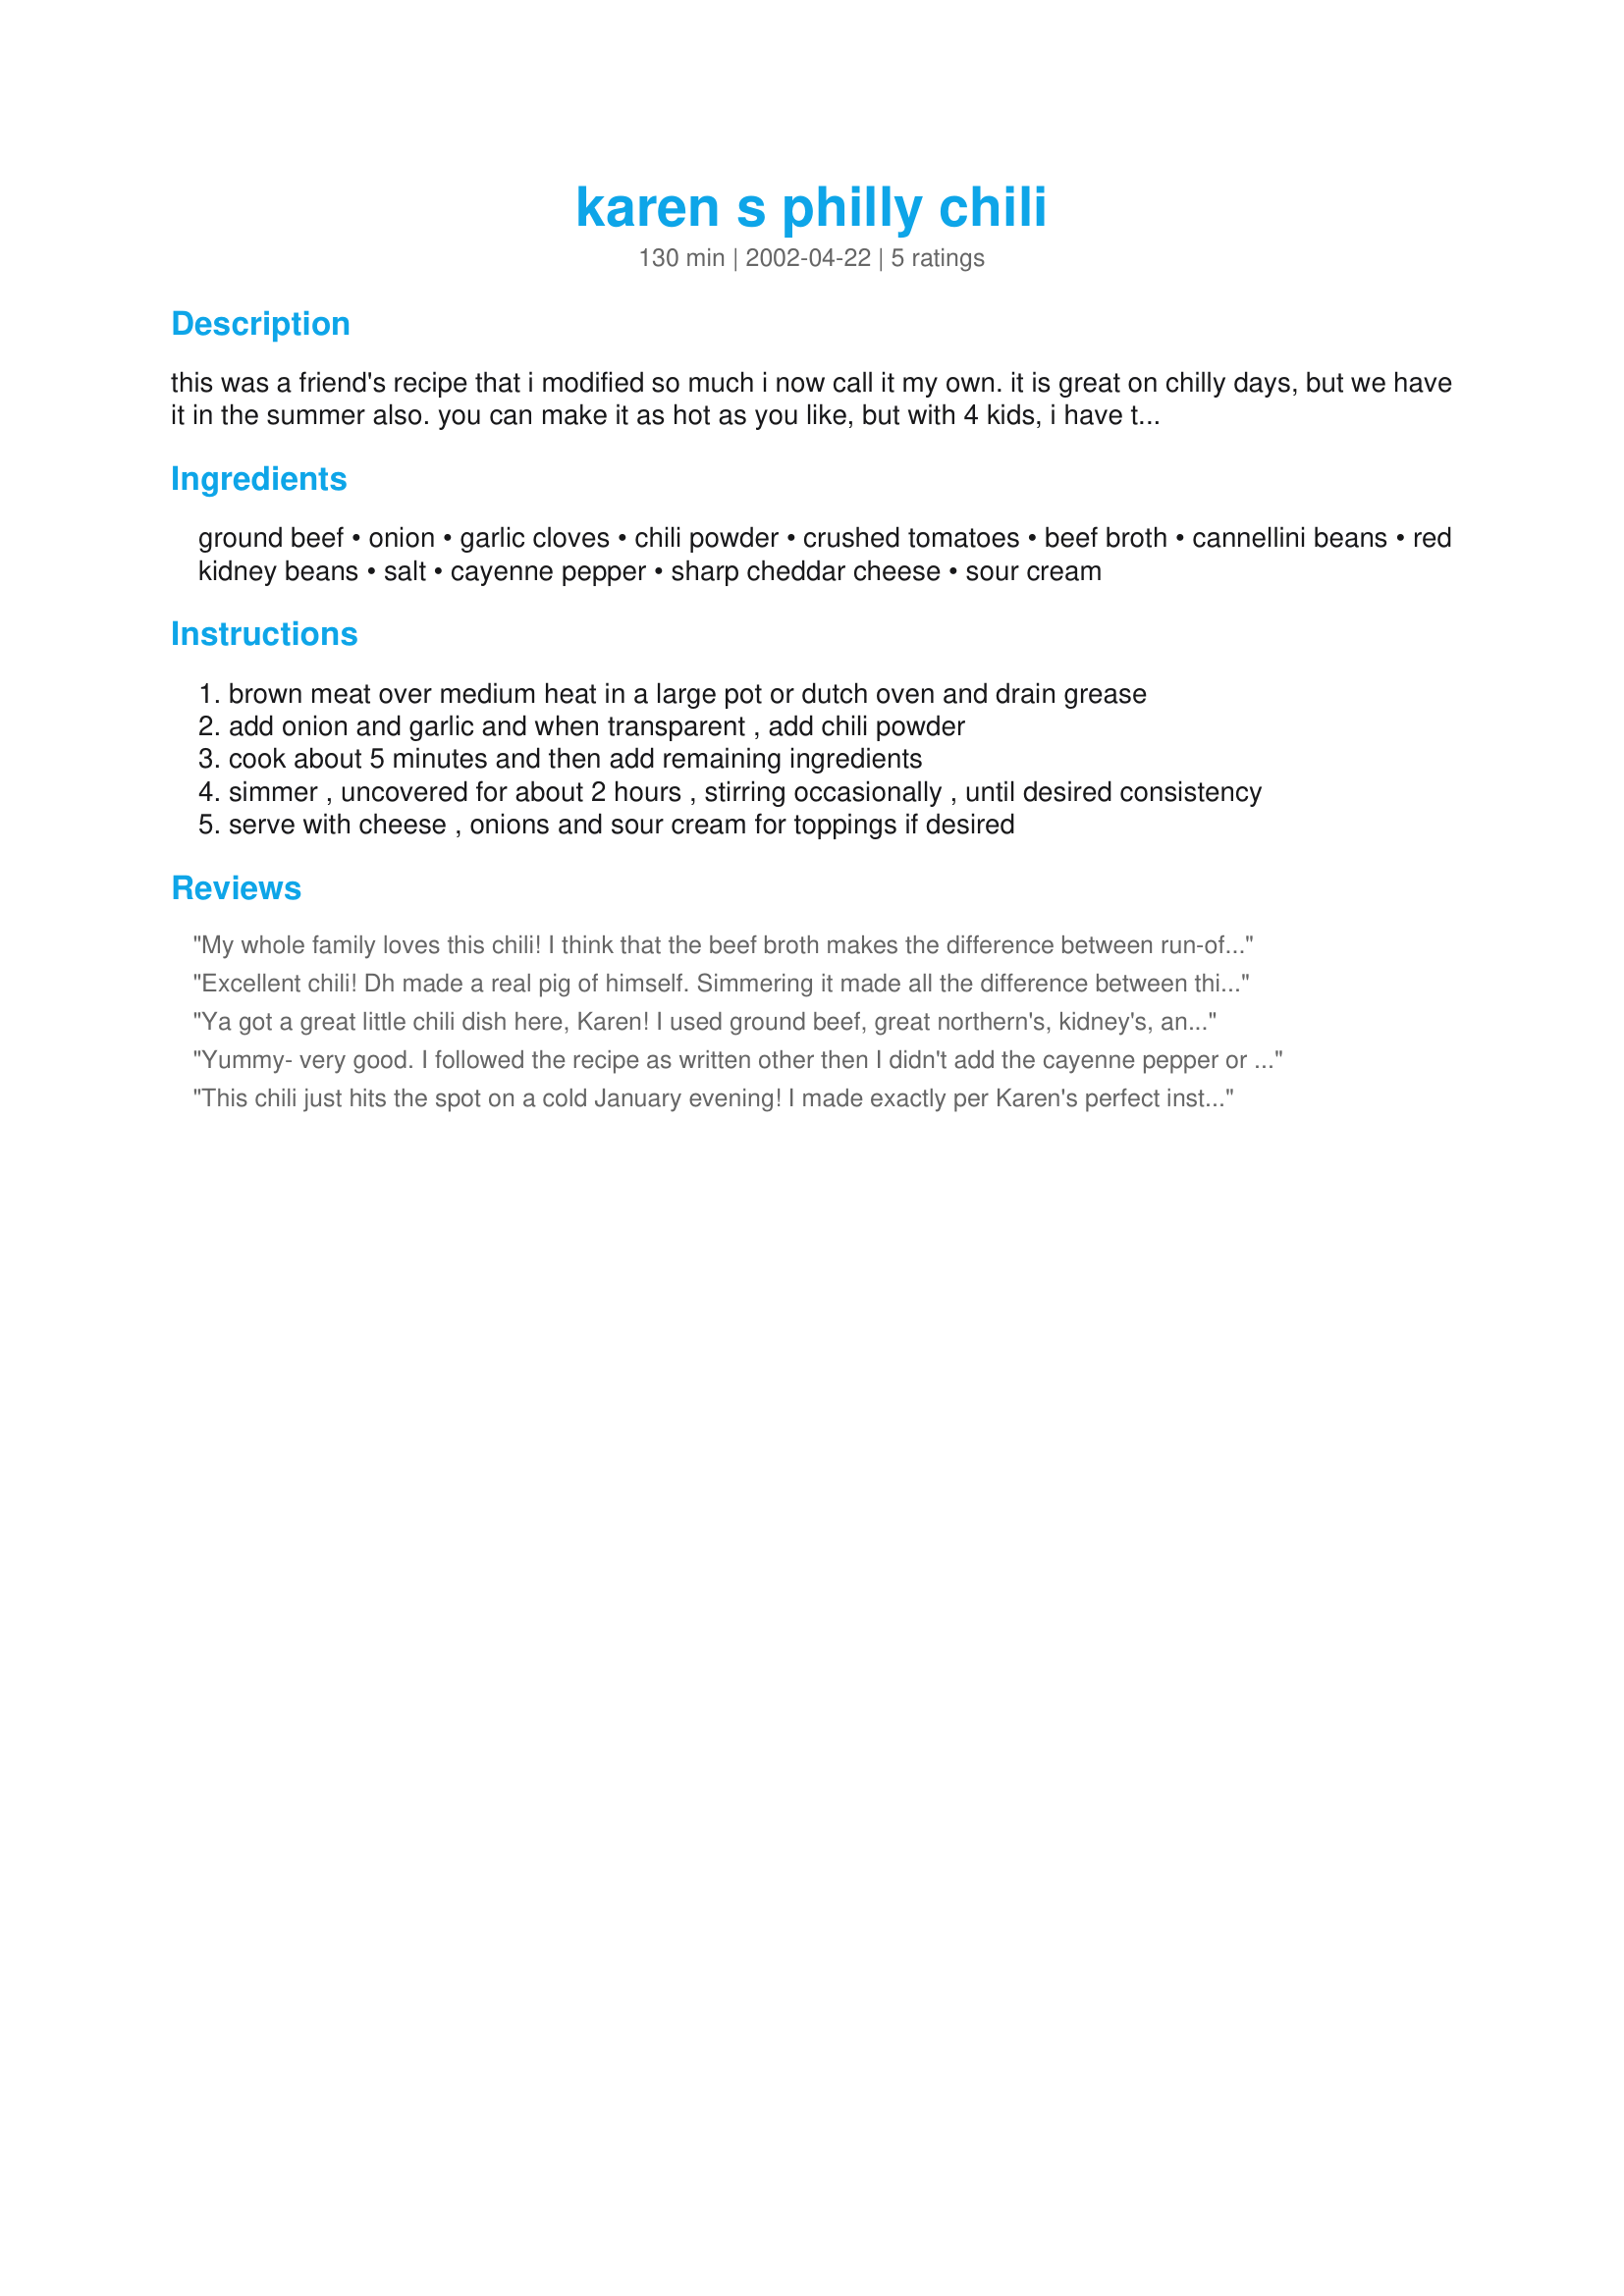
karen s philly chili
Preparation time: 130 minutes

this was a friend's recipe that i modified so much i now call it my own. it is great on chilly days, but we have it in the summer also. you can make it as hot as you like, but with 4 kids, i have to keep it on the mild side. with a nice warm loaf of home baked bread, it is a hearty meal.

Ingredients:
ground beef, onion, garlic cloves, chili powder, crushed tomatoes, beef broth, cannellini beans, red kidney beans, salt, cayenne pepper, sharp cheddar cheese, sour cream

Steps:
brown meat over medium heat in a large pot or dutch oven and drain grease
add onion and garlic and when transparent , add chili powder
cook about 5 minutes and then add remaining ingredients
simmer , uncovered for about 2 hours , stirring occasionally , until desired consistency
serve with cheese , onions and sour cream for toppings if desired

Reviews:
My whole family loves this chili! I think that the beef broth makes the difference between run-of-the-mill chili and this. I added a dash or two of cinnamon as it simmered. Thanks for a great recipe, Karen!
Excellent chili! Dh made a real pig of himself. Simmering it made all the difference between this and ho-hum chili. When I cleaned up after dinner, I noticed Dh's spoon hadn't been used. I asked him what he ate his chili with. "My fork," was his answer. Apparently he used the corn muffins to soak up the sauce. Thanks for a contented Dh.
Ya got a great little chili dish here, Karen! I used ground beef, great northern's, kidney's, and a few left-over chili beans. Made a tasty concoction!! Nice and easy to put together, then, let simmer till ready. We sure enjoyed.
Thanks for sharing...
Laudee
Yummy- very good. I followed the recipe as written other then I didn't add the cayenne pepper or crushed red pepper flakes as I don't like things too hot. This was the perfect amount of heat for us. We topped ours with cheddar cheese.
This chili just hits the spot on a cold January evening! I made exactly per Karen's perfect instructions, using cannellini beans, kidney beans and crushed red pepper. The shredded sharp cheddar, green onion and sour cream toppings make this chili over the top! Thanks so much, Karen!
